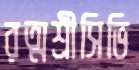
রত্মশ্রীসিভি